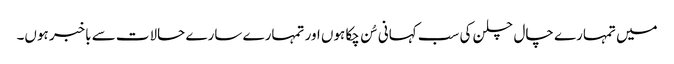
میں تمہارے چال چلن کی سب کہانی سُن چکا ہوں اور تمہارے سارے حالات سے باخبر ہوں۔